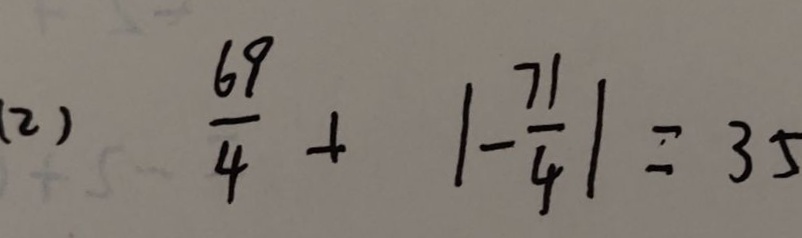
( 2 ) \frac { 6 9 } { 4 } + \vert - \frac { 7 1 } { 4 } \vert = 3 5